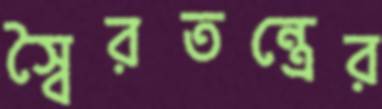
স্বৈরতন্ত্রের